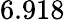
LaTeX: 6.918